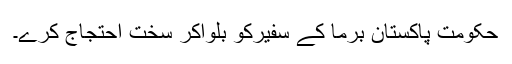
حکومتِ پاکستان برما کے سفیرکو بلواکر سخت احتجاج کرے۔